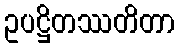
ဥပဋ္ဌိတဿတိတာ